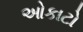
ઓકાટો